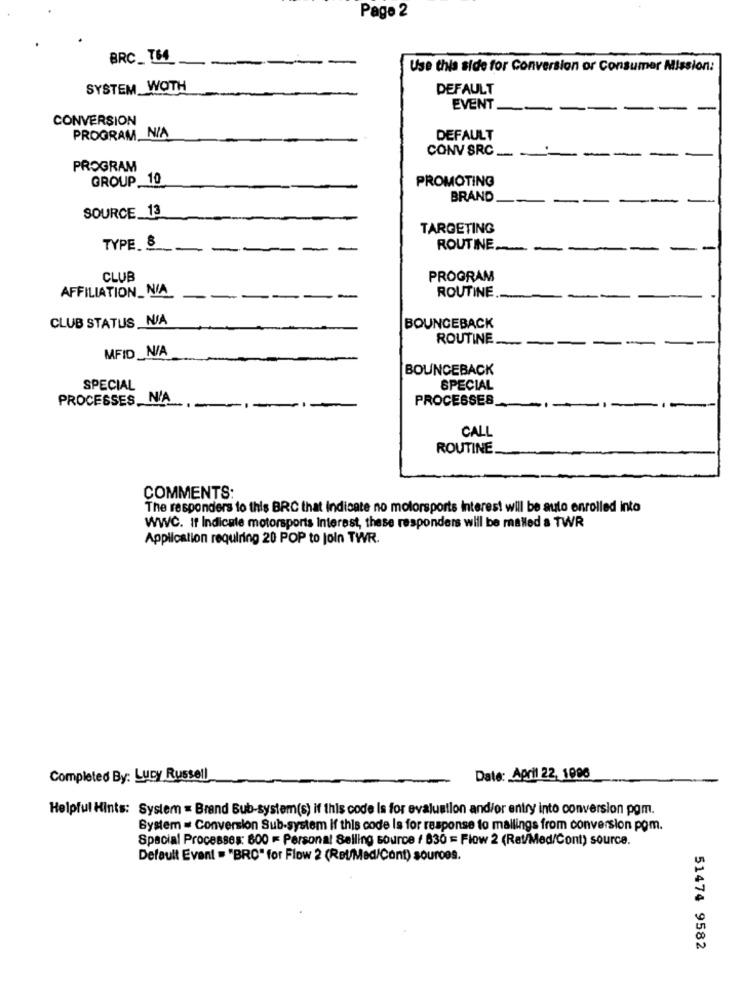
Page 2
BRC_ T64
Use this side for Conversion or Consumer Mission:
SYSTEM WOTH
DEFAULT
EVENT_
CONVERSION
PROGRAM_ N/A
DEFAULT
CONV SRC ..
PROGRAM
GROUP 10
PROMOTING
BRAND.
SOURCE_13
TARGETING
TYPE &
--
ROUTINE.
CLUB
PROGRAM
AFFILIATION_NIA
ROUTINE
--
--
CLUB STATUS _N/A
BOUNCEBACK
ROUTINE
MFID _N/A
BOUNCEBACK
SPECIAL
SPECIAL
PROCESSES N/A
PROCESSES
CALL
ROUTINE
COMMENTS:
The responders to this BRC that Indicate no motorsports interest will be auto enrolled into
WWC. If Indicate motorsports Interest, these responders will be mailed a TWR
Application requiring 20 POP to Join TWR.
Completed By: Lucy Russell
Date: April 22, 1000
Helpful Hints: System = Brand Bub-system(s) if this code Is for evaluation and/or entry into conversion pgm.
System = Conversion Sub-system if this code is for response to mailings from conversion pom.
Spacial Processes: 800 = Personal Selling source / 630 == Flow 2 (Rat/Med/Cont) source.
Default Event = "BRO" for Flow 2 (Ret/Med/Cont) sources.
51474 9582